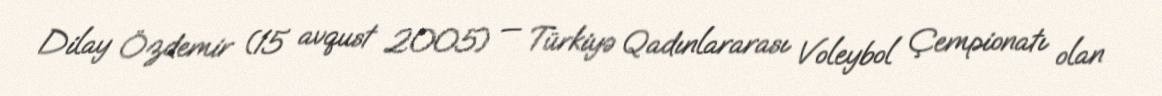
Dilay Özdemir (15 avqust 2005) — Türkiyə Qadınlararası Voleybol Çempionatı olan